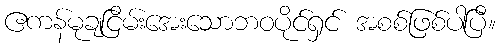
ဧကန်မုချငြိမ်းအေးသောဘဝပိုင်ရှင် အစစ်ဖြစ်ပါပြီ။